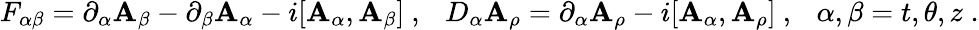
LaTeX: F_{\alpha\beta}=\partial_{\alpha}\mathbf{A}_{\beta}-\partial_{\beta}\mathbf{A}_{\alpha}-i[\mathbf{A}_{\alpha},\mathbf{A}_{\beta}]~,~~~D_{\alpha}\mathbf{A}_{\rho}=\partial_{\alpha}\mathbf{A}_{\rho}-i[\mathbf{A}_{\alpha},\mathbf{A}_{\rho}]~,~~~\alpha,\beta=t,\theta,z\; .